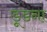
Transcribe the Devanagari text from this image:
डूडना